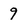
Character: 9